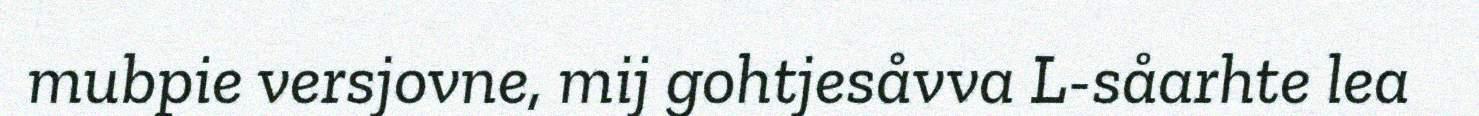
mubpie versjovne, mij gohtjesåvva L-såarhte lea